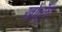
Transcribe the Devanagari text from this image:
खोलूँगा